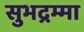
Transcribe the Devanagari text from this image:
सुभद्रम्मा